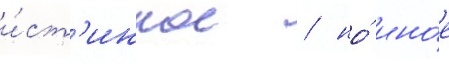
и́ст'инное / но́ ино́е